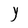
Character: Y